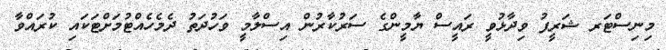
މިނިސްޓަރ ޝަރީފު ވިދާޅުވީ ރައީސް ޔާމީންގެ ސަރުކާރުން އިސްލާމީ ވަހުދަތު ދެމެހެއްޓުމަށްޓަކައި ކުރައްވާ